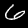
Digit: 6